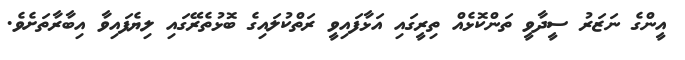
އީންގެ ނަޒަރު ސީދާވީ ތަންކޮޅެއް ތިރީގައި އަޅާފައިވީ ރަތްކުލައިގެ ބޮޅުތެރޭގައި ލިޔެފައިވާ އިބާރާތަށެވެ.